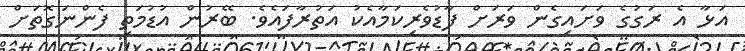
އަޅާ އެ ރަގުގެ ވަށައިގެން ވަރަށް ފާޑުވެރިކަމާއެކު އަތުރާފައެވެ. ބޭރުން އުޑުމަތި ފެންނަގޮތަށް